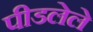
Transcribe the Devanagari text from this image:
पीडलेले